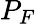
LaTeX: P_{F}